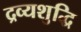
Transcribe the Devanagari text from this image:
द्रव्यशुद्धि